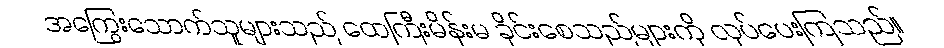
အကြွေးသောက်သူများသည် ထေကြီးမိန်းမ ခိုင်းစေသည်များကို လုပ်ပေးကြသည်။